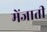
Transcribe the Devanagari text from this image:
मेंजाती